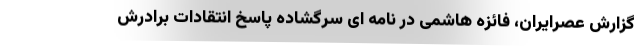
گزارش عصرایران، فائزه هاشمی در نامه ای سرگشاده پاسخ انتقادات برادرش